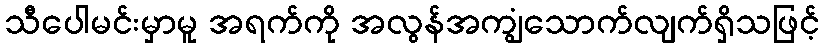
သီပေါမင်းမှာမူ အရက်ကို အလွန်အကျွံသောက်လျက်ရှိသဖြင့်